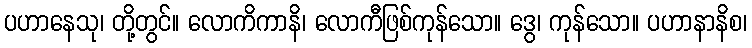
ပဟာနေသု၊ တို့တွင်။ လောကိကာနိ၊ လောကီဖြစ်ကုန်သော။ ဒွေ၊ ကုန်သော။ ပဟာနာနိစ၊